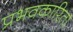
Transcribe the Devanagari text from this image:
प्रभवकारिता